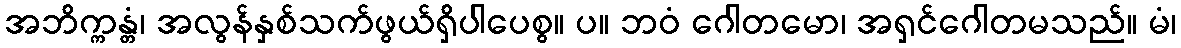
အဘိက္ကန္တံ၊ အလွန်နှစ်သက်ဖွယ်ရှိပါပေစွ။ ပ။ ဘဝံ ဂေါတမော၊ အရှင်ဂေါတမသည်။ မံ၊